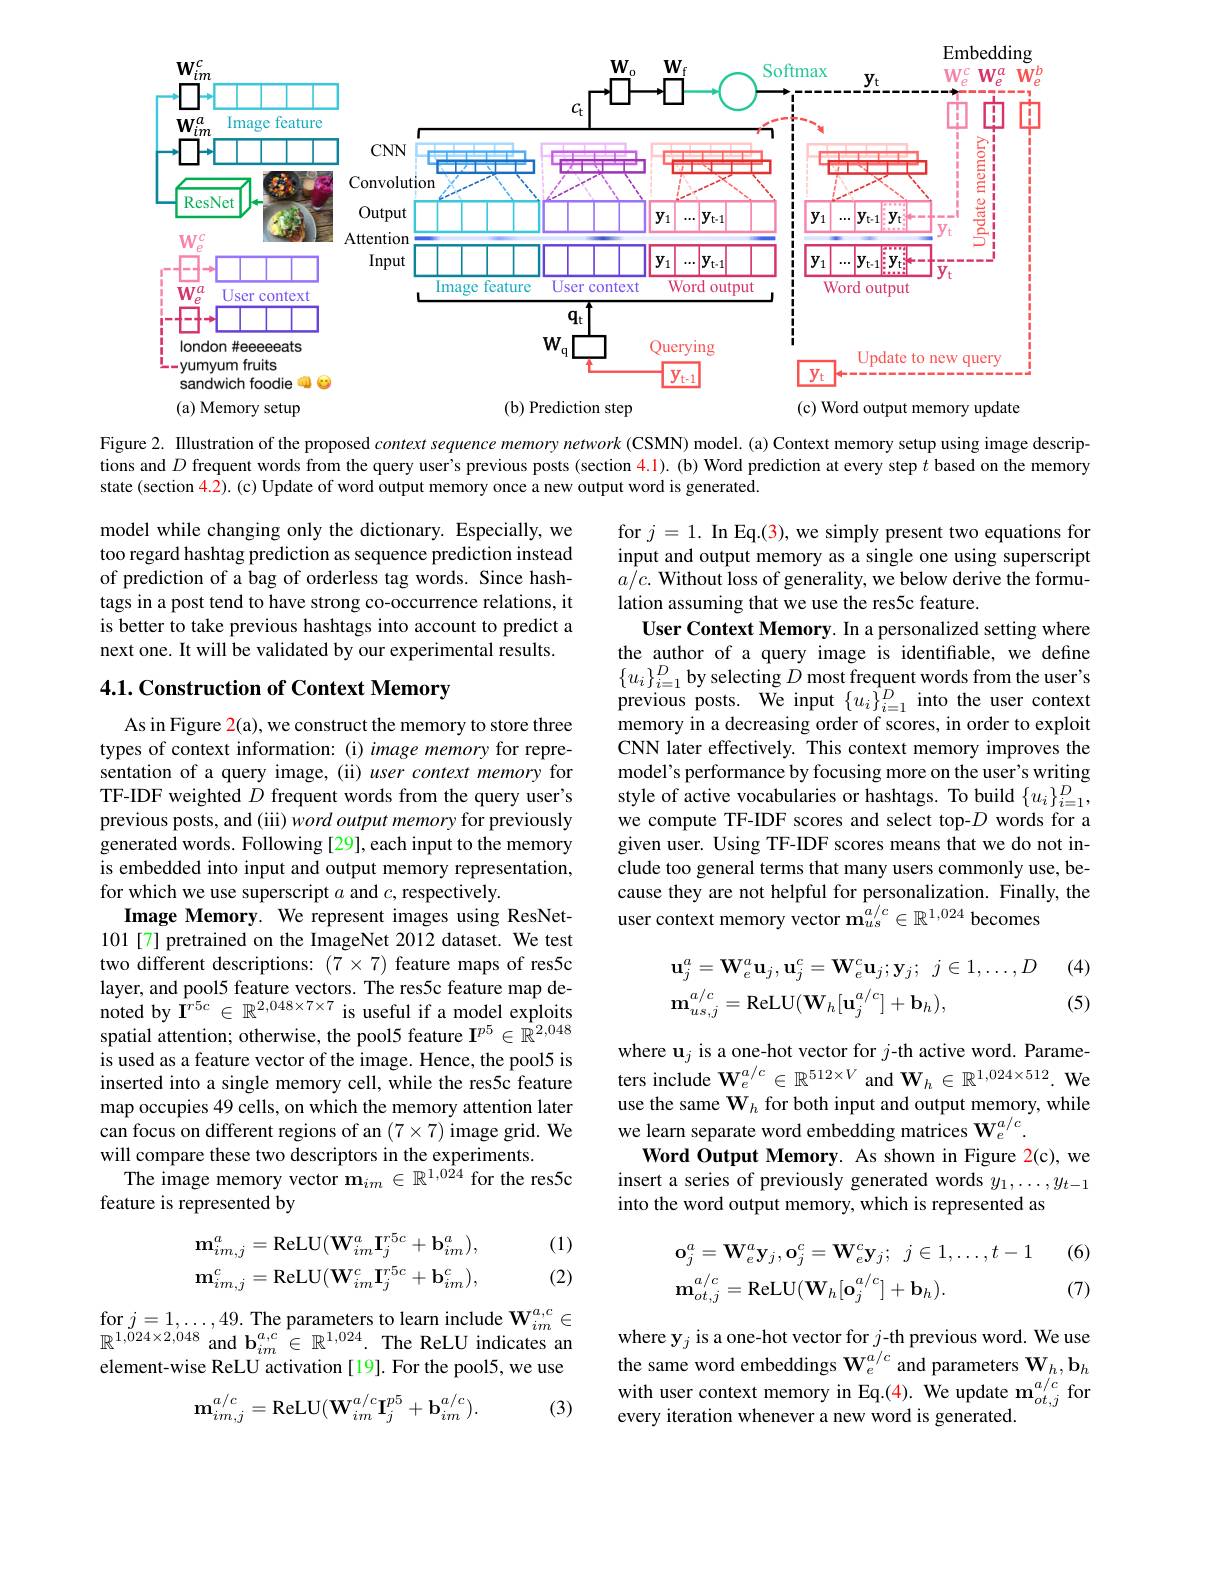
<FigureHere>

Figure 2. Illustration of the proposed context sequence memory network (CSMN) model. (a) Context memory setup using image descriptions and $D$ frequent words from the query user's previous posts (section $\color{red}{4.1}).$ (b) Word prediction at every step $t$ based on the memory state (section 4.2). (c) Update of word output memory once a new output word is generated.

model while changing only the dictionary. Especially, we too regard hashtag prediction as sequence prediction instead of prediction of a bag of orderless tag words. Since hashtags in a post tend to have strong co-occurrence relations, it is better to take previous hashtags into account to predict a next one. It will be validated by our experimental results.

## 4.1. Construction of Context Memory

for $j=1.$ In Eq.(3), we simply present two equations for input and output memory as a single one using superscript $a/c.$ Without loss of generality, we below derive the formulation assuming that we use the res5c feature.
User Context Memory. In a personalized setting where the author of a query image is identifiable, we define $\{u_i\}_{i=1}^D$ by selecting $D$ most frequent words from the user's previous posts. We input $\{u_{i}\}_{i=1}^{D}$ into the user context memory in a decreasing order of scores, in order to exploit CNN later effectively. This context memory improves the model's performance by focusing more on the user's writing style of active vocabularies or hashtags. To build $\{u_{i}\}_{i=1}^{D}$, we compute TF-IDF scores and select top-$D$ words for a given user. Using TF-IDF scores means that we do not include too general terms that many users commonly use, because they are not helpful for personalization. Finally, the user context memory vector $\mathbf{m}_{us}^{a/c}\in\mathbb{R}^{1,024}$ becomes

As in Figure 2(a), we construct the memory to store three types of context information:(i) image memory for representation of a query image, (ii) user context memory for TF-IDF weighted $D$ frequent words from the query user's previous posts, and ( iii) word output memory for previously $\hat{\text{generated words. Following[29], each input to the memory}}$ is embedded into input and output memory representation, for which we use superscript $a$ and $c$,respectively.
Image Memory. We represent images using ResNet- 101[7] pretrained on the ImageNet 2012 dataset. We test two different descriptions: $(7\times7)$ feature maps of res5c layer, and pool5 feature vectors. The res5c feature map denoted by $\Gamma^{r5c}\in\mathbb{R}^{2,048\times7\times7}$ is useful if a model exploits spatial attention; otherwise, the pool5 feature I$^p5\in\hat{\mathbb{R}}^{2,048}$ is used as a feature vector of the image. Hence, the pool5 is inserted into a single memory cell, while the res5c feature map occupies 49 cells, on which the memory attention later can focus on different regions of an $(7\times7)$ image grid. We will compare these two descriptors in the experiments
The image memory vector $\mathbf{m}_im\in\mathbb{R}^{1,0\hat{2}4}$ for the res5c
feature is represented by
$$\mathbf{u}_{j}^{a}=\mathbf{W}_{e}^{a}\mathbf{u}_{j},\mathbf{u}_{j}^{c}=\mathbf{W}_{e}^{c}\mathbf{u}_{j};\mathbf{y}_{j};\:j\in1,\ldots,D(4)\\\mathbf{m}_{us,j}^{a/c}=\mathrm{ReLU}(\mathbf{W}_{h}[\mathbf{u}_{j}^{a/c}]+\mathbf{b}_{h}),(5)$$
where $\mathbf{u}_j$ is a one-hot vector for $j$-th active word. Parameters include $\mathbf{W}_e^{a/c}\in\mathbb{R}^{512\times V}$ and $\mathbf{W}_h\in\mathbb{R}^{1,024\times512}.$ We use the same $\mathbf{W}_h$ for both input and output memory, while we learn separate word embedding matrices $\mathbf{W}_{e}^{a/c}.$
Word Output Memory. As shown in Figure 2(c), we insert a series of previously generated words $y_1,\ldots,y_{t-1}$ into the word output memory, which is represented as

(1)
$$\mathbf{o}_{j}^{a}=\mathbf{W}_{e}^{a}\mathbf{y}_{j},\mathbf{o}_{j}^{c}=\mathbf{W}_{e}^{c}\mathbf{y}_{j};\:j\in1,\ldots,t-1\text{(6)}\\\mathbf{m}_{ot,j}^{a/c}=\mathrm{ReLU}(\mathbf{W}_{h}[\mathbf{o}_{j}^{a/c}]+\mathbf{b}_{h}).\text{(7)}$$
$$\mathbf{m}_{im,j}^{a}=\mathrm{ReLU}(\mathbf{W}_{im}^{a}\mathbf{I}_{j}^{r5c}+\mathbf{b}_{im}^{a}),\\\mathbf{m}_{im,j}^{c}=\mathrm{ReLU}(\mathbf{W}_{im}^{c}\mathbf{I}_{j}^{r5c}+\mathbf{b}_{im}^{c}),$$
(2)

$\begin{array}{l}\mathrm{for~}j=1,\ldots,49.\text{ The parameters to learn include W}_{im}^{a,c}\in\\\mathbb{m}1,024\times2,048\end{array}$ $\mathbb{R}^{1,\ddot{0}24\times2,048}$ and $\mathbf{b}_im^{a,c}\in\mathbb{R}^{1,024}.$ The ReLU indicates an element-wise ReLU activation [19]. For the pool5, we use

where y$_j$ is a one-hot vector for $j$-th previous word. We use the same word embeddings $\mathbf{W}_e^{a/c}$ and parameters $\mathbf{W}_h,\mathbf{b}_h$ with user context memory in Eq.(4). $\hat{\text{We update }\mathbf{m}}_{ot,j}^{a/c}$for every iteration whenever a new word is generated

(3)
$$\mathbf{m}_{im,j}^{a/c}=\mathrm{ReLU}(\mathbf{W}_{im}^{a/c}\mathbf{I}_{j}^{p5}+\mathbf{b}_{im}^{a/c}).$$